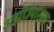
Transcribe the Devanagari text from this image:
अग्नीउपासक